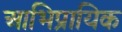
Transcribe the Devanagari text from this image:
आभिप्रायिक